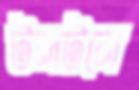
টলটলে